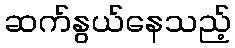
ဆက်နွယ်နေသည့်